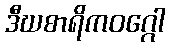
ဒီဃစာရိကဝဂ္ဂေါ